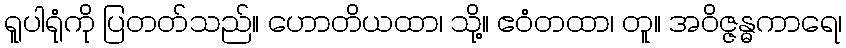
ရူပါရုံကို ပြတတ်သည်။ ဟောတိယထာ၊ သို့။ ဧဝံတထာ၊ တူ။ အဝိဇ္ဇန္ဓကာရေ၊